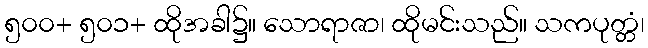
၅၀၀+ ၅၀၁+ ထိုအခါ၌။ သောရာဇာ၊ ထိုမင်းသည်။ သကပုတ္တံ၊